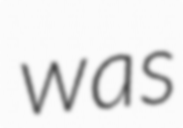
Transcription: was